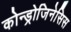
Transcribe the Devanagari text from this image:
कोन्ड्रोजिनेसिस